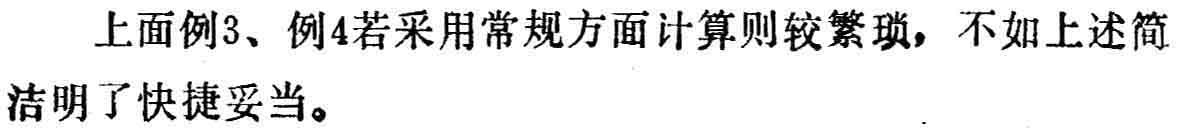
上面例3、例4若采用常规方面计算则较繁琐，不如上述简洁明了快捷妥当。